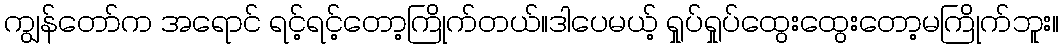
ကျွန်တော်က အရောင် ရင့်ရင့်တော့ကြိုက်တယ်။ဒါပေမယ့် ရှုပ်ရှုပ်ထွေးထွေးတော့မကြိုက်ဘူး။